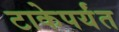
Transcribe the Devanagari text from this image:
टाकेपर्यंत